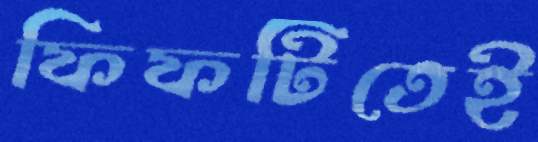
ফিফটিতেই